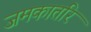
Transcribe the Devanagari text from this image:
जमकातरि